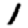
Digit: 1